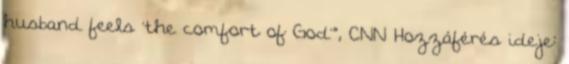
husband feels 'the comfort of God'”, CNN Hozzáférés ideje: